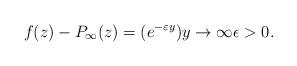
LaTeX: \begin{align*}f(z)-P_{\infty}(z)= (e^{-\varepsilon y}) y \rightarrow \infty \epsilon >0.\end{align*}